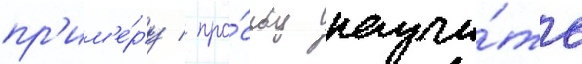
пр'им'е́ру / про́сьбу научи́ть